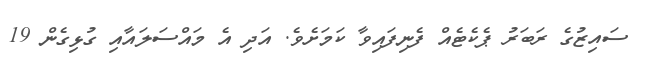
ސައިޒުގެ ރަބަރު ޕެކެޓެއް ފެނިފައިވާ ކަމަށެވެ. އަދި އެ މައްސަލައާއި ގުޅިގެން 19